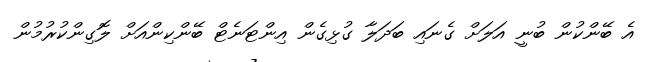
އެ ބޭންކުން ބުނީ އަލަށް ގެނައި ބަދަލާ ގުޅިގެން އިންޓަނެޓް ބޭންކިންއަށް ލޮގިންކުރުމުން